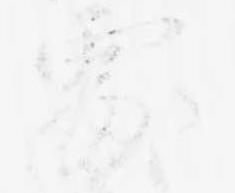
処